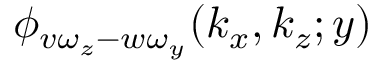
\phi _ { v \omega _ { z } - w \omega _ { y } } ( k _ { x } , k _ { z } ; y )